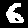
Label: 6